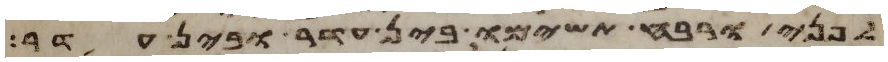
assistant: לפני ורוח תשימו בין עדר ובין עדר